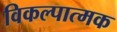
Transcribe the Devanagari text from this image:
विकल्पात्मक